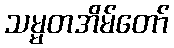
သမ္မတအိမ်တော်